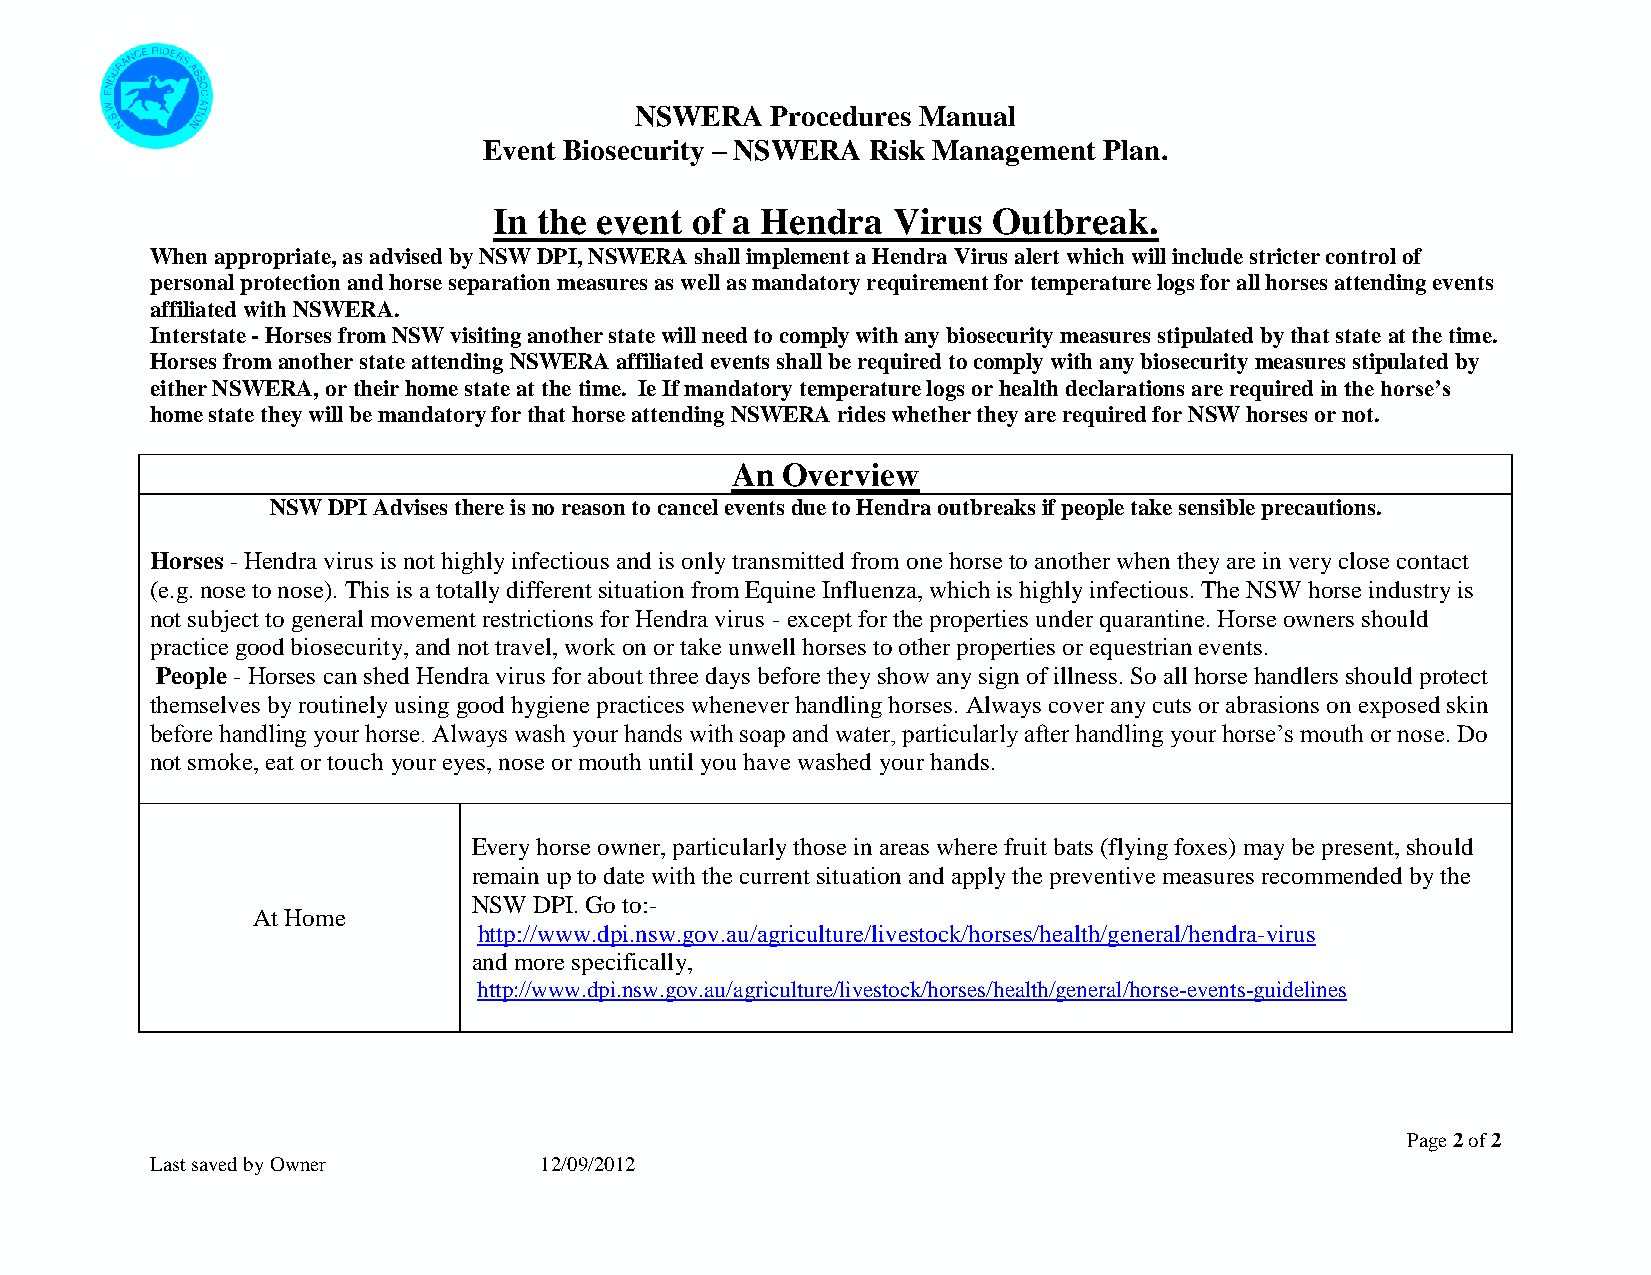
NSWERA   Procedures Manual
 Event Biosecurity – NSWERA Risk Management Plan.
 In the event of a Hendra  Virus  Outbreak.
 When appropriate, as advised by NSW DPI, NSWERA shall implement a Hendra Virus alert which will include stricter control of
 personal protection and horse separation measures as well as mandatory requirement for temperature logs for all horses attending events
 affiliated with NSWERA.
 Interstate - Horses from NSW visiting another state will need to comply with any biosecurity measures stipulated by that state at the time.
 Horses from another state attending NSWERA affiliated events shall be required to comply with any biosecurity measures stipulated by
 either NSWERA, or their home state at the time. Ie If mandatory temperature logs or health declarations are required in the horse’s
 home state they will be mandatory for that horse attending NSWERA rides whether they are required for NSW horses or not.
 An  Overview
 NSW DPI Advises there is no reason to cancel events due to Hendra outbreaks if people take sensible precautions.
 Horses - Hendra virus is not highly infectious and is only transmitted from one horse to another when they are in very close contact
 (e.g. nose to nose). This is a totally different situation from Equine Influenza, which is highly infectious. The NSW horse industry is
 not subject to general movement restrictions for Hendra virus - except for the properties under quarantine. Horse owners should
 practice good biosecurity, and not travel, work on or take unwell horses to other properties or equestrian events.
 People - Horses can shed Hendra virus for about three days before they show any sign of illness. So all horse handlers should protect
 themselves by routinely using good hygiene practices whenever handling horses. Always cover any cuts or abrasions on exposed skin
 before handling your horse. Always wash your hands with soap and water, particularly after handling your horse’s mouth or nose. Do
 not smoke, eat or touch your eyes, nose or mouth until you have washed your hands.
 Every horse owner, particularly those in areas where fruit bats (flying foxes) may be present, should
 remain up to date with the current situation and apply the preventive measures recommended by the
 NSW DPI. Go to:-
 At Home
 http://www.dpi.nsw.gov.au/agriculture/livestock/horses/health/general/hendra-virus
 and more specifically,
 http://www.dpi.nsw.gov.au/agriculture/livestock/horses/health/general/horse-events-guidelines
 Page 2 of 2
 Last saved by Owner       12/09/2012